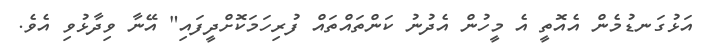
އަޅުގަނޑުމެން އެއޮތީ އެ މީހުން އެދުނު ކަންތައްތައް ފުރިހަމަކޮށްދީފައި" އޭނާ ވިދާޅުވި އެވެ.